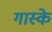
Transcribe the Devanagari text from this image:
गास्के